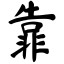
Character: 靠